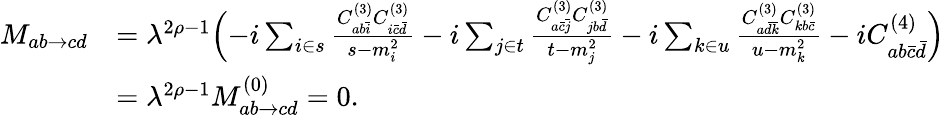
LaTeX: \begin{array}{rl}{M_{ab\to cd}}&{=\lambda^{2\rho-1}\Bigl(-i\sum_{i\in s}\frac{C_{ab\bar{i}}^{(3)}C_{i\bar{c}\bar{d}}^{(3)}}{s-m_{i}^{2}}-i\sum_{j\in t}\frac{C_{a\bar{c}\bar{j}}^{(3)}C_{jb\bar{d}}^{(3)}}{t-m_{j}^{2}}-i\sum_{k\in u}\frac{C_{a\bar{d}\bar{k}}^{(3)}C_{kb\bar{c}}^{(3)}}{u-m_{k}^{2}}-iC_{ab\bar{c}\bar{d}}^{(4)}\Bigl)}\\ &{=\lambda^{2\rho-1}M_{ab\to cd}^{(0)}=0.}\end{array}